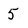
Character: 5